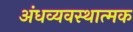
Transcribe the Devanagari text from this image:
अंधव्यवस्थात्मक